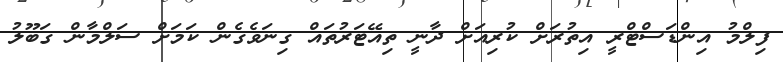
ފިލްމު އިންޑަސްޓްރީ އިތުރަށް ކުރިއަށް ދާނީ ތިއޭޓަރުތައް ގިނަވެގެން ކަމަށް ސަލްމާން ގަބޫލު